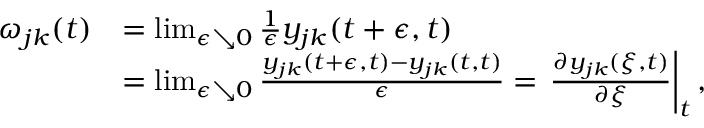
\begin{array} { r l } { \omega _ { j k } ( t ) } & { = \operatorname* { l i m } _ { \epsilon \searrow 0 } \frac { 1 } { \epsilon } y _ { j k } ( t + \epsilon , t ) } \\ & { = \operatorname* { l i m } _ { \epsilon \searrow 0 } \frac { y _ { j k } ( t + \epsilon , t ) - y _ { j k } ( t , t ) } { \epsilon } = \left. \frac { \partial y _ { j k } ( \xi , t ) } { \partial \xi } \right| _ { t } , } \end{array}